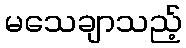
မသေချာသည့်